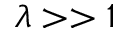
\lambda > > 1